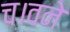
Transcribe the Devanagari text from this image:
च।वने